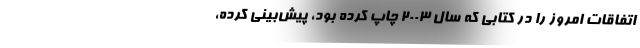
اتفاقات امروز را در کتابی که سال ۲۰۰۳ چاپ کرده بود، پیش‌بینی کرده،